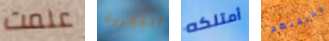
علمت الفكرية أمتلكه حقيقتهم